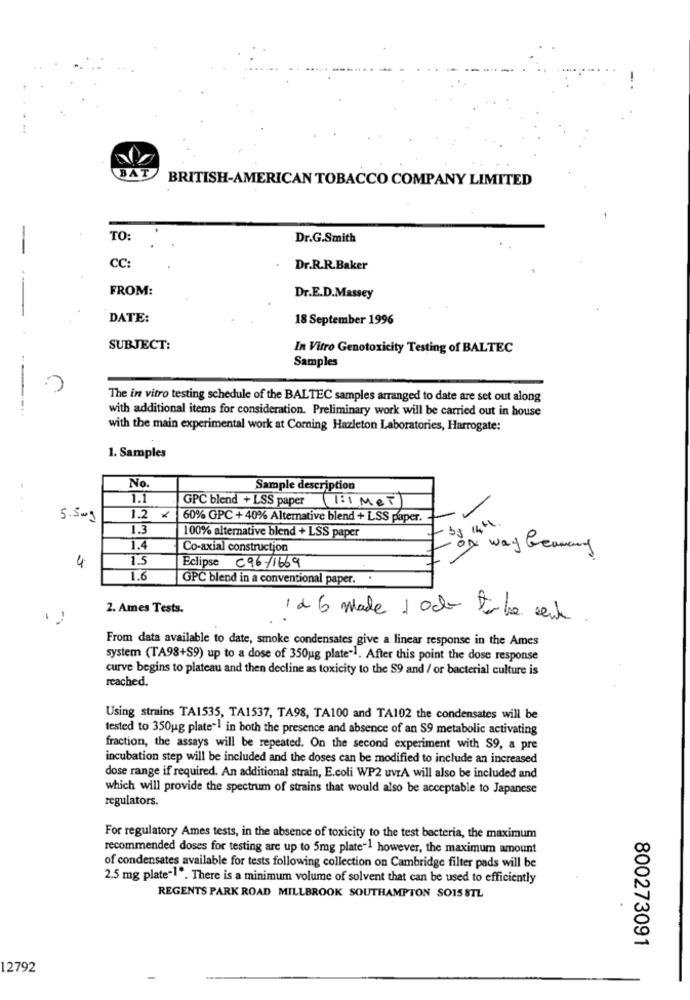
BAT
BRITISH-AMERICAN TOBACCO COMPANY LIMITED
TO:
Dr.G.Smith
CC:
Dr.R.R.Baker
FROM:
Dr.E.D.Massey
DATE:
18 September 1996
SUBJECT:
In Vitro Genotoxicity Testing of BALTEC
Samples
The in vitro testing schedule of the BALTEC samples arranged to date are set out along
----..
with additional items for consideration. Preliminary work will be carried out in house
with the main experimental work at Coming Hazleton Laboratories, Harrogate:
1. Samples
No.
Sample description
1.1
GPC blend + LSS paper
(1:1 Met
..
5.50g
1.2
60% GPC + 40% Alternative blend + LSS paper.
1.3
100% alternative blend + LSS paper
by 1464.
1.4
Co-axial construction
- ox way Geamenny
1.5
4
Eclipse C96/1669
1.6
GPC blend in a conventional paper.
2. Ames Tests.
126 made 1 och to be sent .
From data available to date, smoke condensates give a linear response in the Ames
system (TA98+S9) up to a dose of 350ug plate"1. After this point the dose response
curve begins to plateau and then decline as toxicity to the $9 and / or bacterial culture is
reached.
Using strains TA1535, TA1537, TA98, TA100 and TA102 the condensates will be
tested to 350ug plate"! in both the presence and absence of an S9 metabolic activating
fraction, the assays will be repeated. On the second experiment with S9, a pre
incubation step will be included and the doses can be modified to include an increased
dose range if required. An additional strain, E.coli WP2 uvrA will also be included and
which will provide the spectrum of strains that would also be acceptable to Japanese
regulators.
For regulatory Ames tests, in the absence of toxicity to the test bacteria, the maximum
recommended doses for testing are up to 5mg plate-1 however, the maximum amount
of condensates available for tests following collection on Cambridge filter pads will be
2.5 mg plate"1 ". There is a minimum volume of solvent that can be used to efficiently
REGENTS PARK ROAD MILLBROOK SOUTHAMPTON SO15 STL
800273091
12792